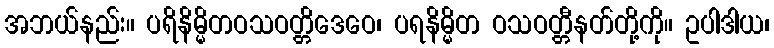
အဘယ်နည်း။ ပရိနိမ္မိတဝသဝတ္တိဒေဝေ၊ ပရနိမ္မိတ ဝသဝတ္တီနတ်တို့ကို။ ဥပါဒါယ၊